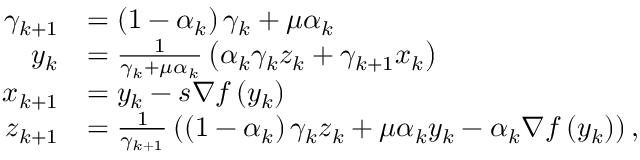
\begin{array} { r l } { \gamma _ { k + 1 } } & { = \left( 1 - \alpha _ { k } \right) \gamma _ { k } + \mu \alpha _ { k } } \\ { y _ { k } } & { = \frac { 1 } { \gamma _ { k } + \mu \alpha _ { k } } \left( \alpha _ { k } \gamma _ { k } z _ { k } + \gamma _ { k + 1 } x _ { k } \right) } \\ { x _ { k + 1 } } & { = y _ { k } - s \nabla f \left( y _ { k } \right) } \\ { z _ { k + 1 } } & { = \frac { 1 } { \gamma _ { k + 1 } } \left( \left( 1 - \alpha _ { k } \right) \gamma _ { k } z _ { k } + \mu \alpha _ { k } y _ { k } - \alpha _ { k } \nabla f \left( y _ { k } \right) \right) , } \end{array}